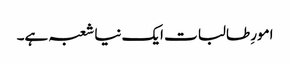
امورِ طالبات ایک نیا شعبہ ہے۔